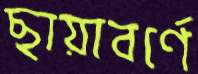
ছায়াবর্ণে